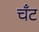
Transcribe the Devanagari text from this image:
चँट